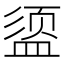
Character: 𪾔